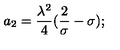
a _ { 2 } = { \frac { \lambda ^ { 2 } } { 4 } } ( { \frac { 2 } { \sigma } } - \sigma ) ;